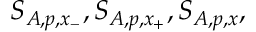
S _ { A , p , x _ { - } } , S _ { A , p , x _ { + } } , S _ { A , p , x } ,